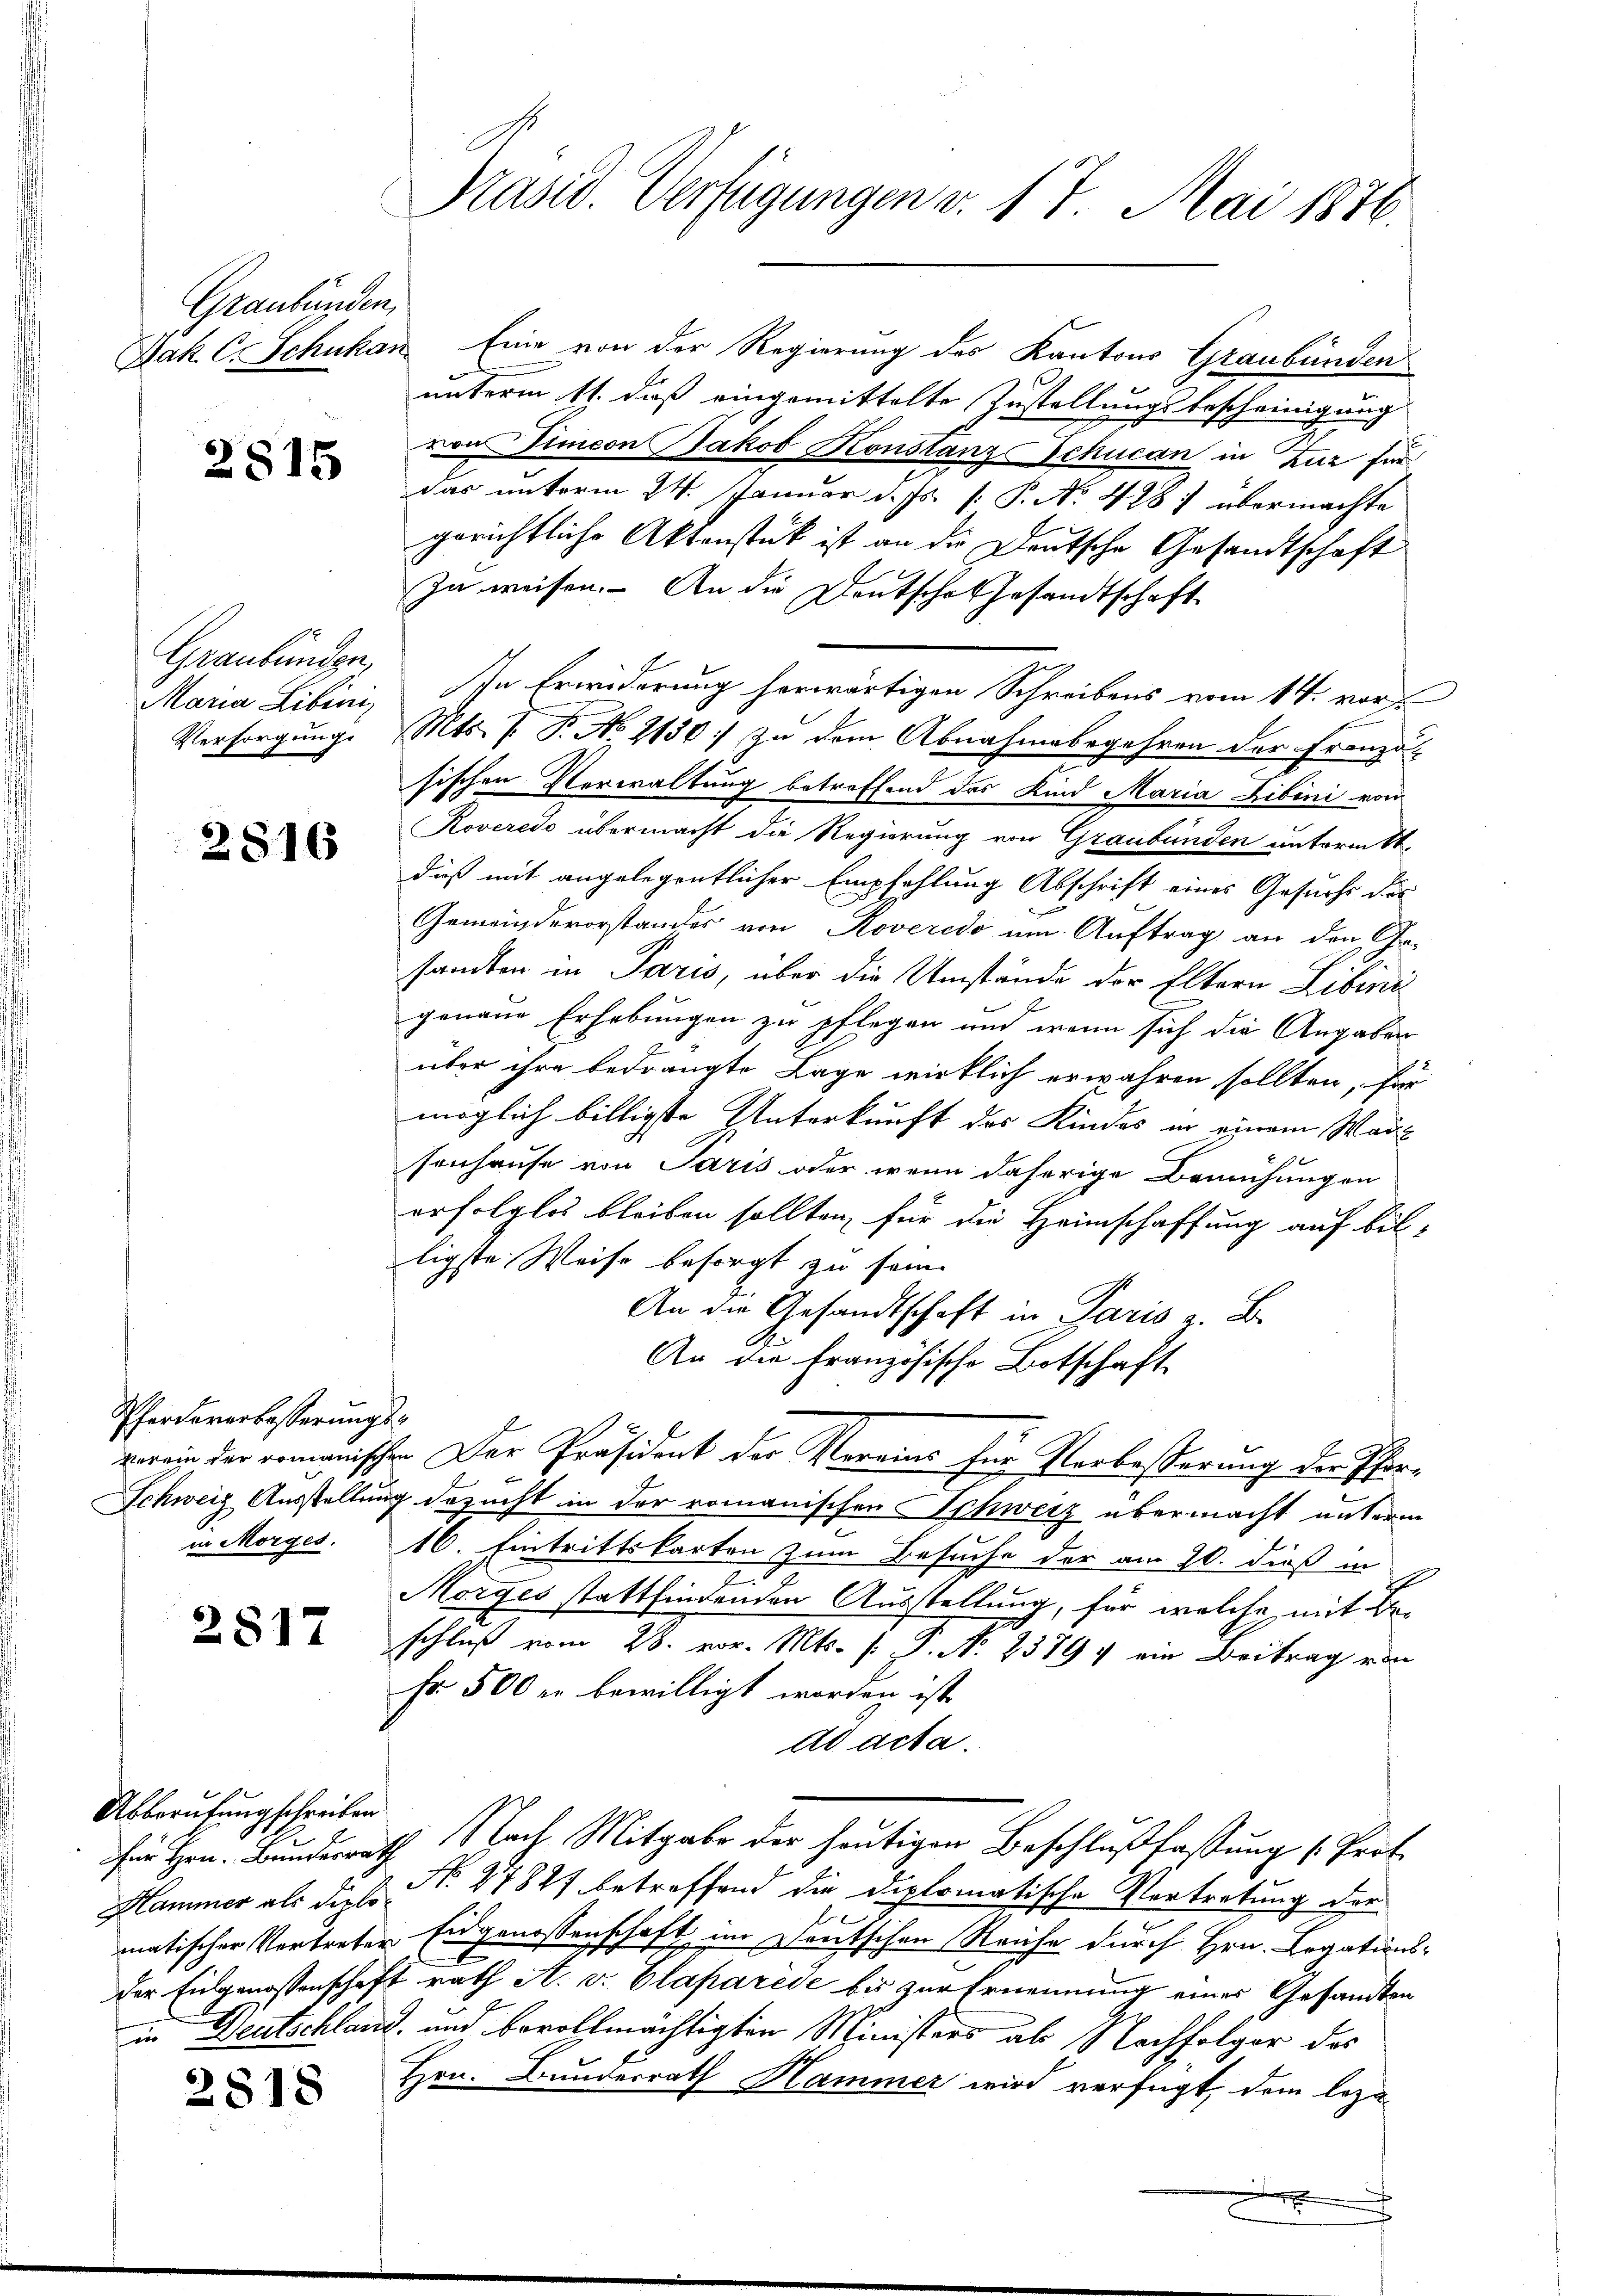
Graubünden,

2815

Graubünden,

2816

Pferdererbesserungs-

2517

Abberufung schreiben

2818

Jak. C. Schukan. Eine von der Regierung des Kantons Graubünden
2
unterm 11. daß eingemittelte Zustellungsbescheinigung
von Simeon Jakob Konstanz-Schucan in Zur für
das unterm 24. Januar d. Js. [ P. No. 428) übermachte
gerichtliche Aktenstück ist an die Deutsche Gesandtschaft
zu weisen. An die Deutsche Gesandtschaft
Maria Libini, In Erwiderung herwärtigen Schreibens vom 14. vors
Versorgung. Mts. P. P. No 2130: zu dem Abnahmebegehren der Franzö-
sischen Verwaltung betreffend das Kind Maria Libini von
Roveredo übermacht die Regierung von Graubünden untermitt
daß mit angelegentlicher Empfehlung Abschrift eines Gesuchs des
Gemeindevorstandes von Roveredo um Auftrag an den Ge-
sandten in Paris, über die Umstände der Eltern Libini
genaue Erhebungen zu pflegen und wenn sich die Angaben
über ihre bedrängte Lage wirklich erwahren sollten, für
möglich billigste Unterkunft des Kindes in einem Wagsenhause von Paris oder wenn daherige Bemühungen
erfolglos bleiben sollten, für die Heimschaffung auf bil-
ligste Weise besorgt zu sein.
An die Gesandtschaft in Paris z. B.
An die französische Botschaft
verein der romanischen Der Präsident der Vereins für Verbesserung der Pfart
Schweiz Ausstellung bezucht in der romanischen Schweiz übermacht unterm
in Morges. 16. Eintrittskarten zum Besuche der am 20. dieß in
Morges stattfindenden Ausstellung, für welche mit Beschluß vom 28. vor. Mts. f. P. No. 23794 ein Beitrag von
Er 500 er bewilligt worden ist
ad acta.
für Hrn. Bundesrath Nach Mitgabe der heutigen Beschlußfassung (Prot.
Hammer als diese No. 27821 betreffend die diplomatische Vertretung der
matischer Vortreter Eidgenossenschaft im Deutschen Reiche durch Hrn. Legations-
der Eidgenossenschaft rath A. v. Plaparéde bis zur Ernennung einer Gesandten
in Deutschland, und bevollmächtigten Ministers ab Nachfolger des
Hrn. Bundesrath Hammer wird verfügt, dem lezax

Präsid. Verfügungen v. 17. Mai 1876.